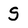
Character: S